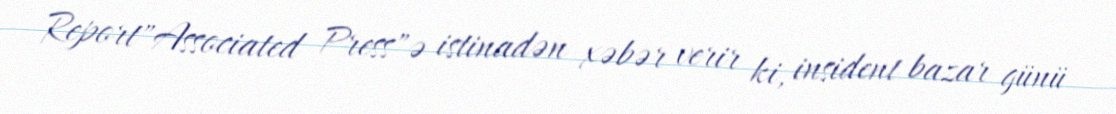
Report"Associated Press"ə istinadən xəbər verir ki, insident bazar günü